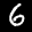
Label: 6